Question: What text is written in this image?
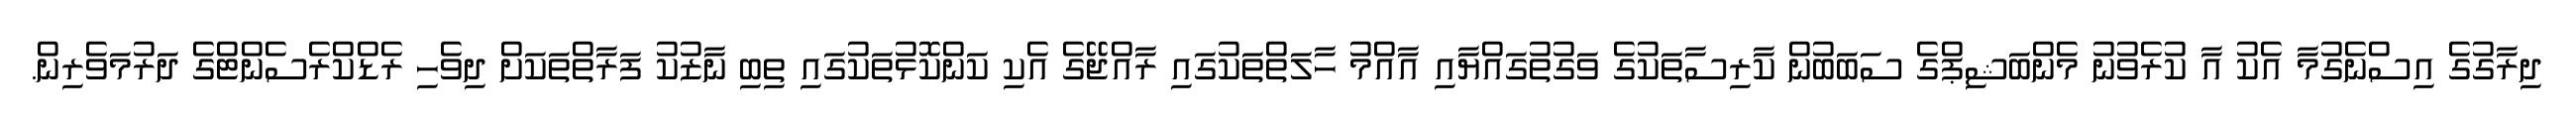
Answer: ދިރާގުގެ އިސްނެގުމާ އެކު އާ ކުރެވުނު މެންބަޝިޕްގެ ސަބަބުން ކާރިސާތަކުގެ ވަގުތުގައްޔާއި އާއްމު ހާލަތްތަކުގައި ރާއްޖޭގެ އެކި ކަންކޮޅުތަކުގައި ތިބި ނާޒުކު ފަރާތްތަކަށް ދިވެހި ރެޑްކްރެސެންޓްގެ ދަރުމަވެރިން.